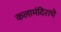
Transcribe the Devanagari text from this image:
कलामंदिराचे